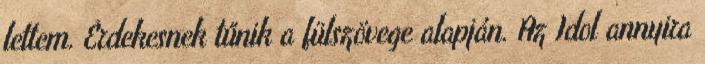
lettem. Érdekesnek tűnik a fülszövege alapján. Az Idol annyira